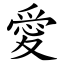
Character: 愛